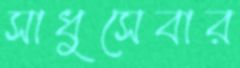
সাধুসেবার